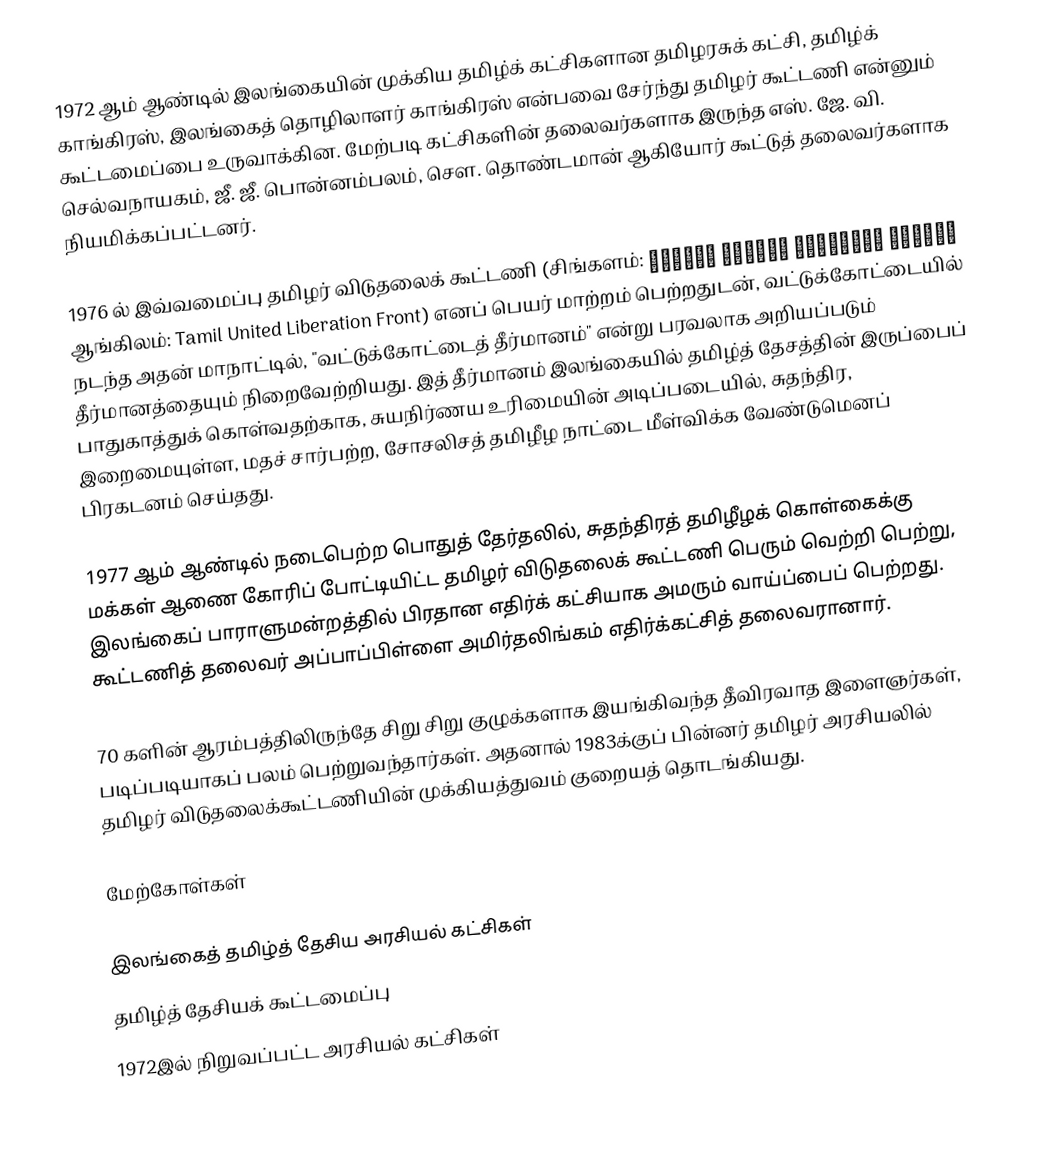
1972 ஆம் ஆண்டில் இலங்கையின் முக்கிய தமிழ்க் கட்சிகளான தமிழரசுக் கட்சி, தமிழ்க் காங்கிரஸ், இலங்கைத் தொழிலாளர் காங்கிரஸ் என்பவை சேர்ந்து தமிழர் கூட்டணி என்னும் கூட்டமைப்பை உருவாக்கின. மேற்படி கட்சிகளின் தலைவர்களாக இருந்த எஸ். ஜே. வி. செல்வநாயகம், ஜீ. ஜீ. பொன்னம்பலம், சௌ. தொண்டமான் ஆகியோர் கூட்டுத் தலைவர்களாக நியமிக்கப்பட்டனர்.

1976 ல் இவ்வமைப்பு தமிழர் விடுதலைக் கூட்டணி (சிங்களம்: ද්රවිඩ එක්සත් විමුක්ති පෙරමුණ ஆங்கிலம்: Tamil United Liberation Front) எனப் பெயர் மாற்றம் பெற்றதுடன், வட்டுக்கோட்டையில் நடந்த அதன் மாநாட்டில், "வட்டுக்கோட்டைத் தீர்மானம்" என்று பரவலாக அறியப்படும் தீர்மானத்தையும் நிறைவேற்றியது. இத் தீர்மானம் இலங்கையில் தமிழ்த் தேசத்தின் இருப்பைப் பாதுகாத்துக் கொள்வதற்காக, சுயநிர்ணய உரிமையின் அடிப்படையில், சுதந்திர, இறைமையுள்ள, மதச் சார்பற்ற, சோசலிசத் தமிழீழ நாட்டை மீள்விக்க வேண்டுமெனப் பிரகடனம் செய்தது.

1977 ஆம் ஆண்டில் நடைபெற்ற பொதுத் தேர்தலில், சுதந்திரத் தமிழீழக் கொள்கைக்கு மக்கள் ஆணை கோரிப் போட்டியிட்ட தமிழர் விடுதலைக் கூட்டணி பெரும் வெற்றி பெற்று, இலங்கைப் பாராளுமன்றத்தில் பிரதான எதிர்க் கட்சியாக அமரும் வாய்ப்பைப் பெற்றது. கூட்டணித் தலைவர் அப்பாப்பிள்ளை அமிர்தலிங்கம் எதிர்க்கட்சித் தலைவரானார்.

70 களின் ஆரம்பத்திலிருந்தே சிறு சிறு குழுக்களாக இயங்கிவந்த தீவிரவாத இளைஞர்கள், படிப்படியாகப் பலம் பெற்றுவந்தார்கள். அதனால் 1983க்குப் பின்னர் தமிழர் அரசியலில் தமிழர் விடுதலைக்கூட்டணியின் முக்கியத்துவம் குறையத் தொடங்கியது.

மேற்கோள்கள்

இலங்கைத் தமிழ்த் தேசிய அரசியல் கட்சிகள்
தமிழ்த் தேசியக் கூட்டமைப்பு
1972இல் நிறுவப்பட்ட அரசியல் கட்சிகள்